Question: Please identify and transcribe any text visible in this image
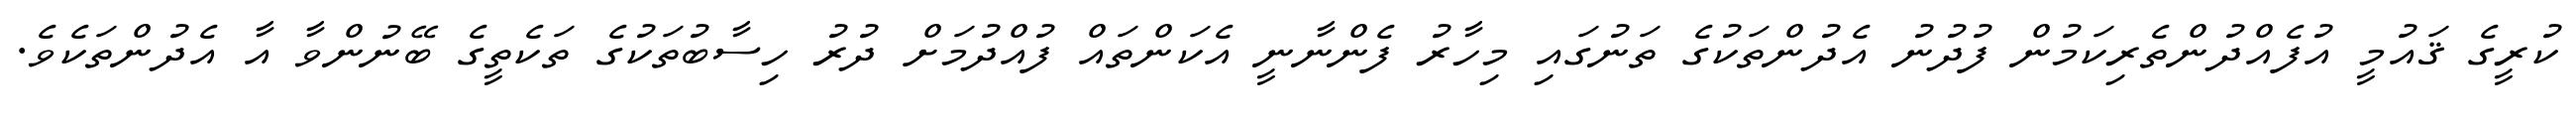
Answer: ކުރީގެ ޤައުމީ އުފެއްދުންތެރިކަމުން ފުދުނު އެދުންތަކުގެ ތަނުގައި މިހާރު ފެންނާނީ އެކަންތައް ފުއްދުމަށް ދުރު ހިސާބުތަކުގެ ތަކެތީގެ ބޭނުންވާ އާ އެދުންތަކެވެ.